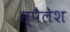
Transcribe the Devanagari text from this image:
स्पैलेश